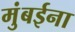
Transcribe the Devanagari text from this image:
मुंबईना